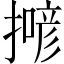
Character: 𢵲